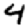
Digit: 4